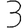
Digit: 3